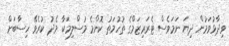
ވިދާޅުވަމުން ދިޔަ ނަމަވެސް ޓެރަރިޒަމްގެ ތުހުމަތު ކޮންމެ މުސްލިމަކާ މެދު ކުރެވޭ ހިސާބަށް